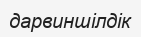
дарвиншілдік